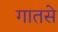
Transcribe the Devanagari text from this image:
गातसे